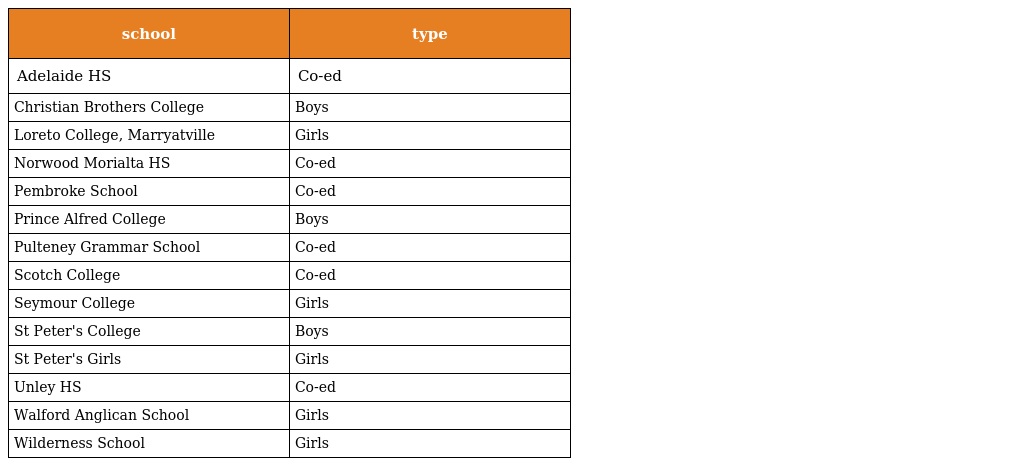
| school | type |
 | --- | --- |
 | Adelaide HS | Co-ed |
 | Christian Brothers College | Boys |
 | Loreto College, Marryatville | Girls |
 | Norwood Morialta HS | Co-ed |
 | Pembroke School | Co-ed |
 | Prince Alfred College | Boys |
 | Pulteney Grammar School | Co-ed |
 | Scotch College | Co-ed |
 | Seymour College | Girls |
 | St Peter's College | Boys |
 | St Peter's Girls | Girls |
 | Unley HS | Co-ed |
 | Walford Anglican School | Girls |
 | Wilderness School | Girls |